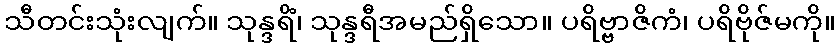
သီတင်းသုံးလျက်။ သုန္ဒရိံ၊ သုန္ဒရီအမည်ရှိသော။ ပရိဗ္ဗာဇိကံ၊ ပရိဗိုဇ်မကို။